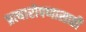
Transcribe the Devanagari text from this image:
प्रत्यारोपणासाठी